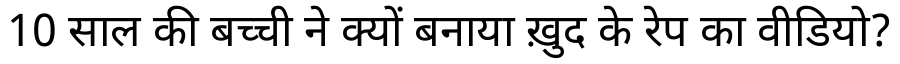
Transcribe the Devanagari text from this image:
10 साल की बच्ची ने क्यों बनाया ख़ुद के रेप का वीडियो?